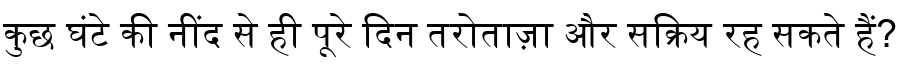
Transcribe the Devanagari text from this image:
कुछ घंटे की नींद से ही पूरे दिन तरोताज़ा और सक्रिय रह सकते हैं?